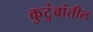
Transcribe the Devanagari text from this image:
कुटुंबांतील